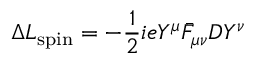
\Delta L _ { \mathrm { s p i n } } = - { \frac { 1 } { 2 } } i e Y ^ { \mu } \bar { F } _ { \mu \nu } D Y ^ { \nu } \,